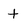
Character: t